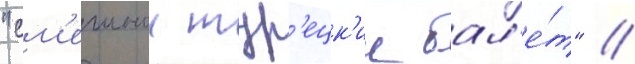
"см'ешнои тур'ецк'ии бал'е́т" /